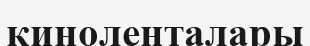
киноленталары